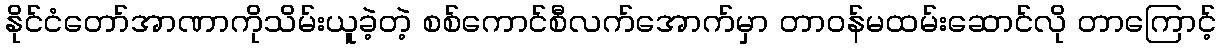
နိုင်ငံတော်အာဏာကိုသိမ်းယူခဲ့တဲ့ စစ်ကောင်စီလက်အောက်မှာ တာဝန်မထမ်းဆောင်လို တာကြောင့်